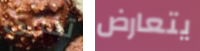
تخبرى يتعارض